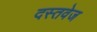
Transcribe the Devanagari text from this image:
दस्तवेज